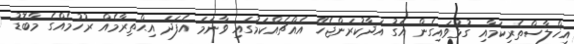
އިޚްލާސްތެރިކަމާއި ގުޅުވައިގެން އަގު އަދާކުރަންޖެހޭ އެއްޗެއްކަމުގައި ވާނަމަ އެފަދަ އިޙްތިރާމެއް ރުހުމެއްގެ މާބޮޑު